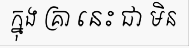
ក្នុង គ្រា នេះ ជា មិន